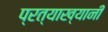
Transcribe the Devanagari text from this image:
प्रत्याख्यानी